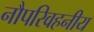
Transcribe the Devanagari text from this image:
नौपरिवहनीय